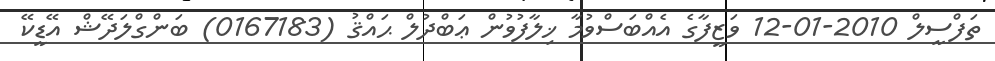
ތަފްސީލް 2010-01-12 ވަޒީފާގެ އެއްބަސްވުމާ ޚިލާފުވުން ޢަބްދުލް ޙައްޤު (0167183) ބަންގްލަދޭޝް އޭޑީކޭ